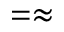
= \approx